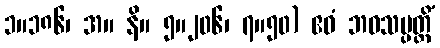
၁။၁၈၆၊ အ။ နိ။ ၅။၂၀၆၊ ၇။၅၀) ဧဝံ ဘဝသမ္ပတ္တိံ